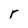
Character: r